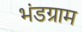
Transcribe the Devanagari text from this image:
भंडग्राम